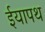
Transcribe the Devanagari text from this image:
ईयापथ